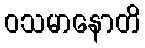
ဝသမာနောတိ